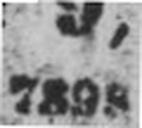
7898